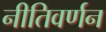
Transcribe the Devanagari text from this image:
नीतिवर्णन